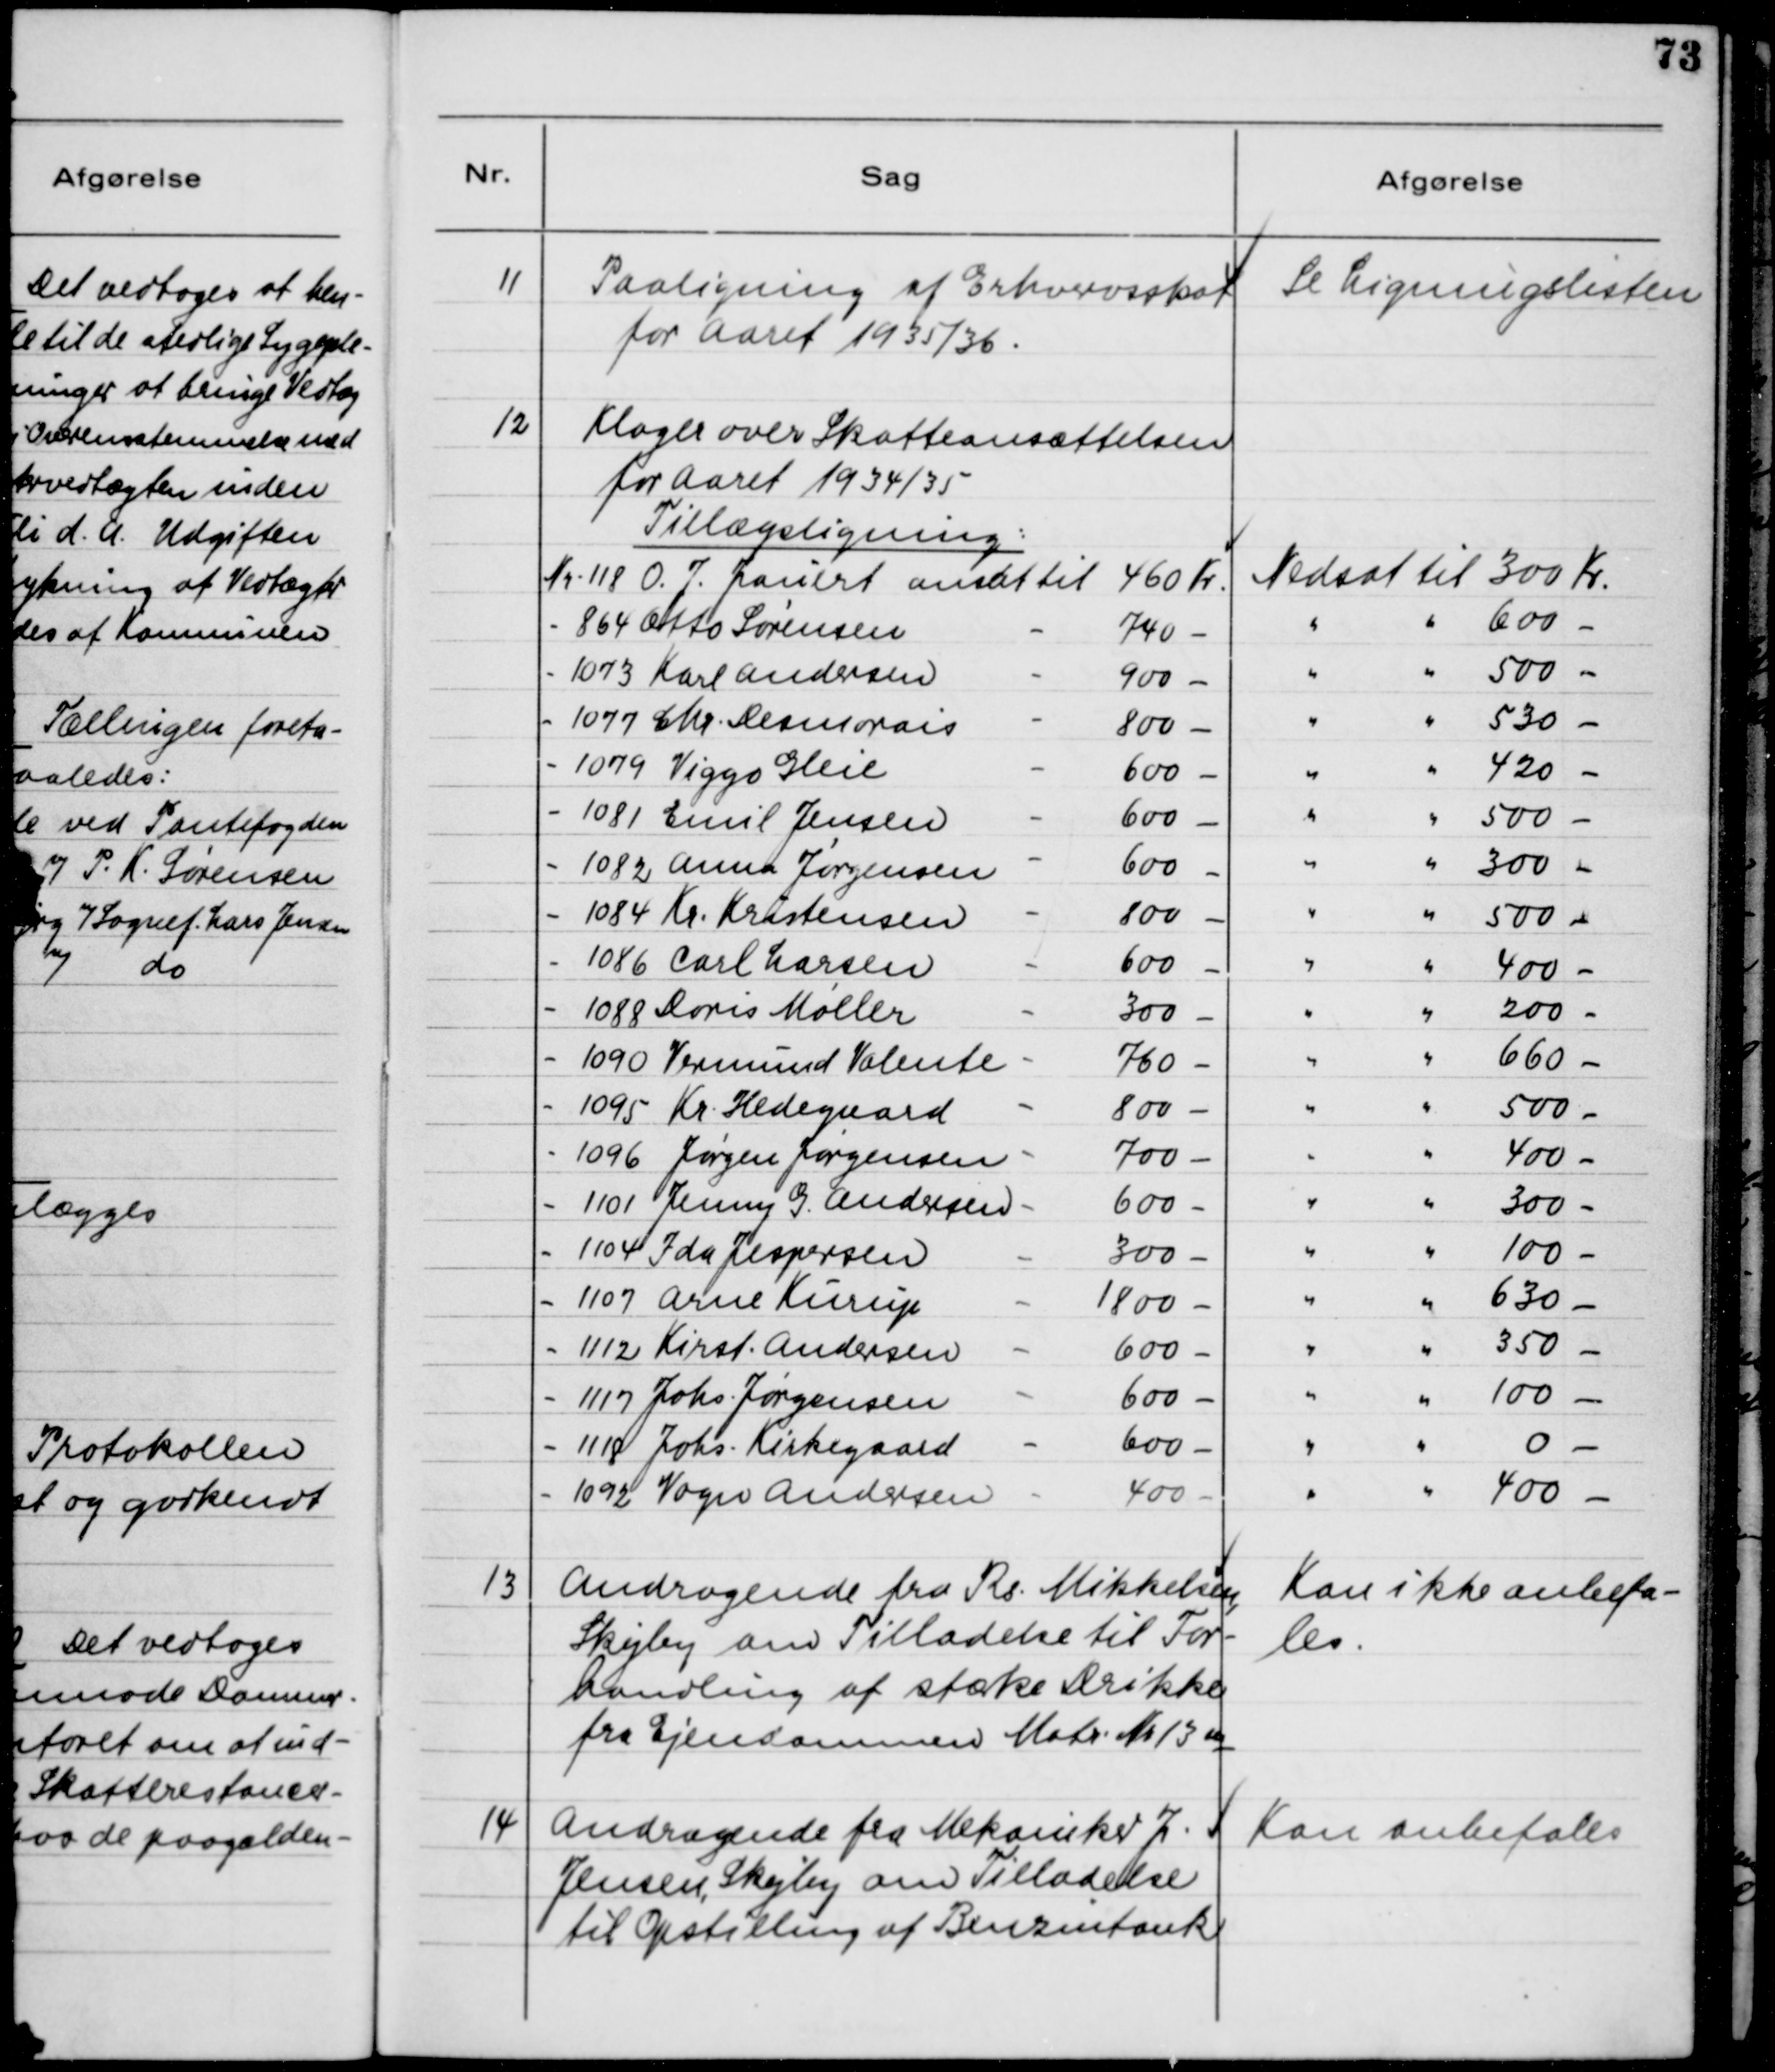
Transskription:
11

Paaligning af Erhvervsskat
for Aaret 1935/36.

Se ligningslisten

12

Klager over Skatteansættelsen
for Aaret 1934/35
Tillægsligning:

13

Andragende fra Rs. Mikkelsen,
Skejby om Tilladelse til For-
handling af stærke Drikke
fra Ejendommen Matr. Nr. 13 m

Kan ikke anbefa-
les

14

Andragende fra Mekaniker J.
Jensen, Skejby om Tilladelse
til Opstilling af Benzintank.

Kan anbefales